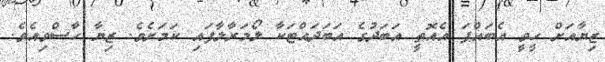
ޒިޔާއަށް ހީވީ އެބައްޕަ އެއޮތީ އަބަދުގެ އަބަދައްޓަކާ ލޯމަރާލާފައި ކަމަށެވެ. ޒިޔާ ހާސްވިއެވެ.